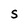
Character: S